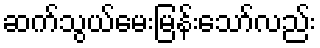
ဆက်သွယ်မေးမြန်းသော်လည်း